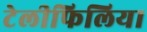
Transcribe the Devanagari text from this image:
टेलीफिलिया